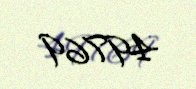
49769